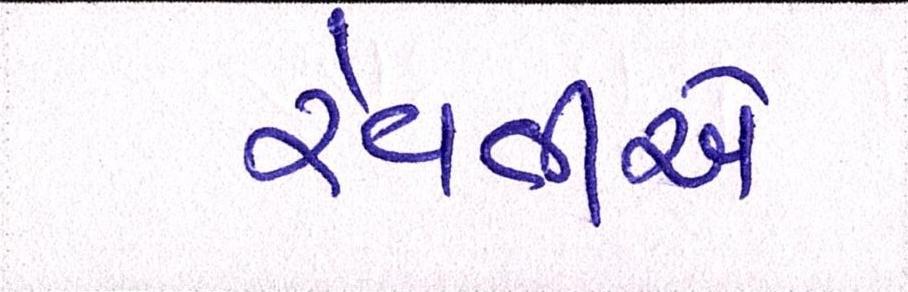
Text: રેવતીએ